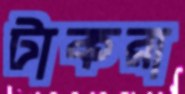
টাকরা